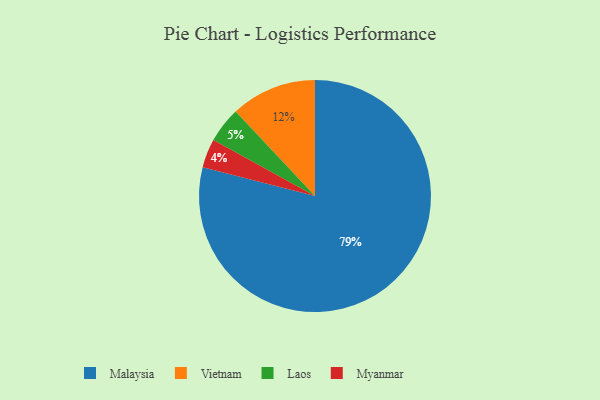
{"axis": {"x": "Category", "y": "Percentage"}, "legend": ["Laos", "Malaysia", "Myanmar", "Vietnam"], "data": [{"x": "Laos", "y": 5, "type": "Laos"}, {"x": "Myanmar", "y": 4, "type": "Myanmar"}, {"x": "Malaysia", "y": 79, "type": "Malaysia"}, {"x": "Vietnam", "y": 12, "type": "Vietnam"}]}